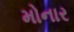
મોનાર